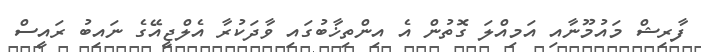
ފާރިޝް މައުމޫނާއި އަމިއްލަ ގޮތުން އެ އިންތިޚާބުގައި ވާދަކުރާ އެލްޖީއޭގެ ނައިބު ރައީސް